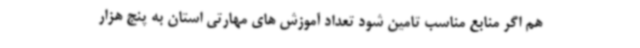
هم اگر منابع مناسب تامین شود تعداد آموزش های مهارتی استان به پنج هزار